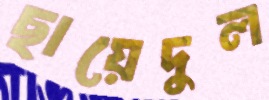
ছায়েদুল